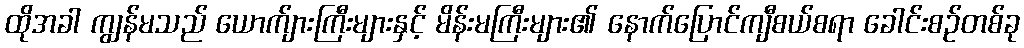
ထိုအခါ ကျွန်မသည် ယောက်ျားကြီးများနှင့် မိန်းမကြီးများ၏ နောက်ပြောင်ကျီစယ်စရာ ခေါင်းစဉ်တစ်ခု